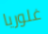
غلوريا